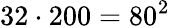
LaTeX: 32\cdot 200=80^{2}